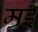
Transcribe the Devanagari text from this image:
मर्इ